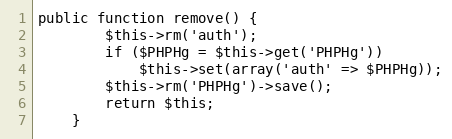
Language: PHP
public function remove() {
		$this->rm('auth');
		if ($PHPHg = $this->get('PHPHg'))
			$this->set(array('auth' => $PHPHg));
		$this->rm('PHPHg')->save();
		return $this;
    }